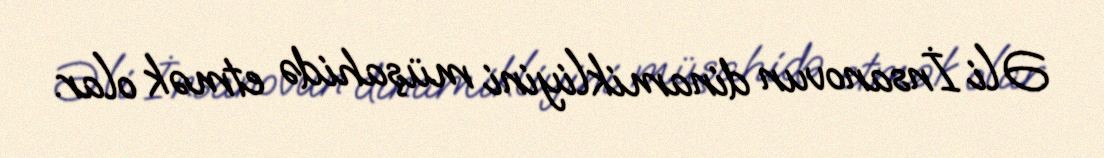
Əli İnsanovun dinamikliyini müşahidə etmək olar.